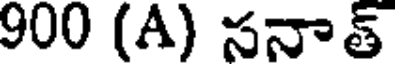
900 (A) సనాత్